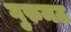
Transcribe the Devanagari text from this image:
गुरुमठ